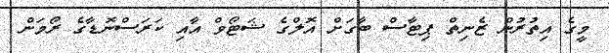
މީގެ އިތުރުން ޒެނިތް ޕިޓާސް ބާގަށް އޮލްގެ ޝަޓޯވް އާއި ކަރަސްނޮޑާގެ ރޯމަަން